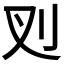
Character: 𭃆